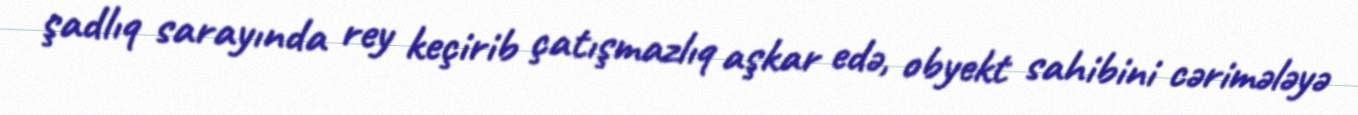
şadlıq sarayında rey keçirib çatışmazlıq aşkar edə, obyekt sahibini cərimələyə